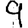
Digit: 9